Civil Veterinary Department Bihar & Orissa reports 1922-29 - 1922-1929
Year: 1922
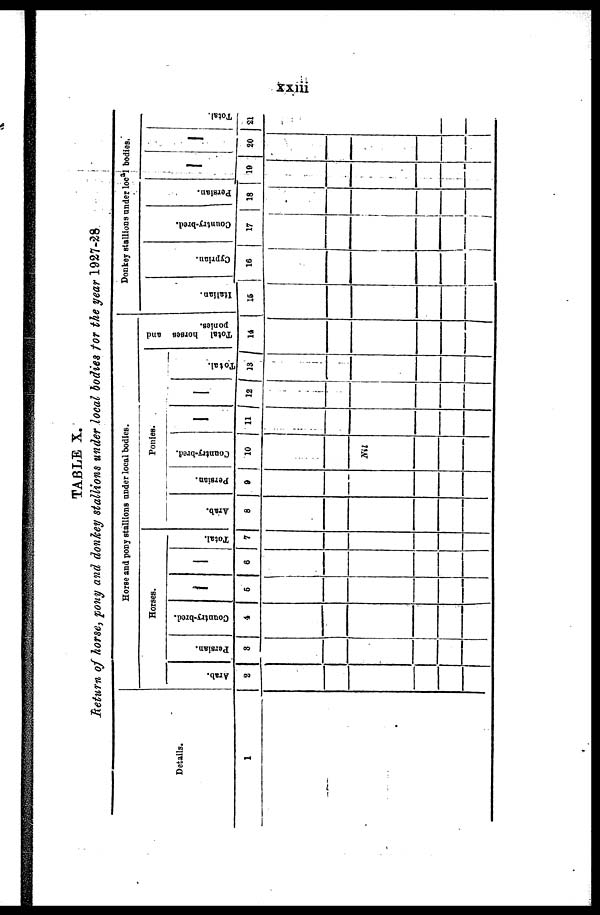
xxiii
TABLE X.
Return of horse, pony and donkey stallions under local bodies tor the year 1927-28
Details.
1
Horse and pony stallions under local bodies.
Horses.
Arab.
2
Persian.
3
Country-bred.
4
5
6
Total.
7
Ponies.
Arab.
6
Persian.
9
Country-bred.
10
Nil
11 12
Total.
13
Total horses and
ponies.
14
Donkey stallions under local bodies.
Italian.
15
Cyprian.
16
Country-bred.
17
Persian.
18
19
20
Total.
21